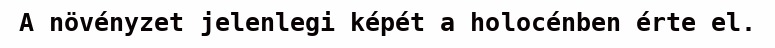
A növényzet jelenlegi képét a holocénben érte el.